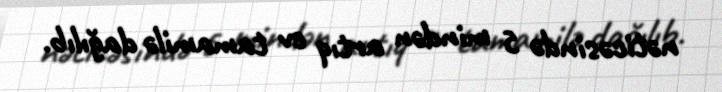
nəticəsində 5 mindən artıq ev tamamilə dağılıb.